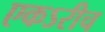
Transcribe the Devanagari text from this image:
एकऽरीच